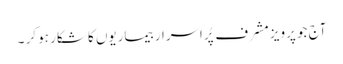
آج جو پرویز مشرف پُراَسرار بیماریوں کا شکار ہو کر ۔